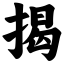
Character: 揭